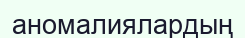
аномалиялардың